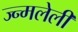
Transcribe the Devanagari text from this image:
ज्न्मलेली